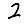
Digit: 2